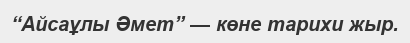
“Айсаұлы Әмет” — көне тарихи жыр.